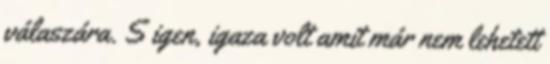
válaszára. S igen, igaza volt amit már nem lehetett